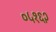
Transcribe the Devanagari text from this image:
०५१६२